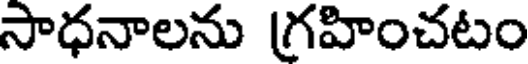
సాధనాలను గ్రహించటం